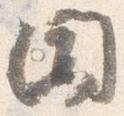
聞